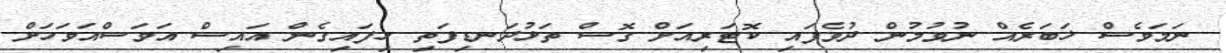
ނަމަވެސް ޚަބަރެއް ނުވުމުން ދުވެފައި ކޮޓަރިއަށް ގޮސް ތަޅުދަނޑިފަތި ހިފައިގެން އައިސް އަވަސްއަވަހަށް